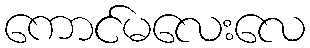
ကောင်မလေးလေ